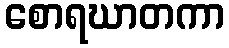
စောရဃာတကာ